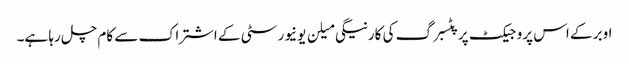
اوبر کے اس پروجیکٹ پر پٹسبرگ کی کارنیگی میلن یونیورسٹی کے اشتراک سے کام چل رہا ہے۔